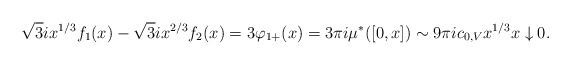
LaTeX: \begin{align*}\sqrt{3}i x^{1/3} f_{1}(x) - \sqrt{3} i x^{2/3} f_{2}(x) = 3\varphi_{1+}(x)= 3\pi i\mu^{*}([0,x]) \sim 9\pi i c_{0,V} x^{1/3} x \downarrow 0.\end{align*}